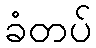
ခံတပ်